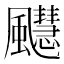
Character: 𫗆